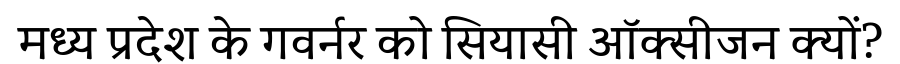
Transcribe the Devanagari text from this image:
मध्य प्रदेश के गवर्नर को सियासी ऑक्सीजन क्यों?